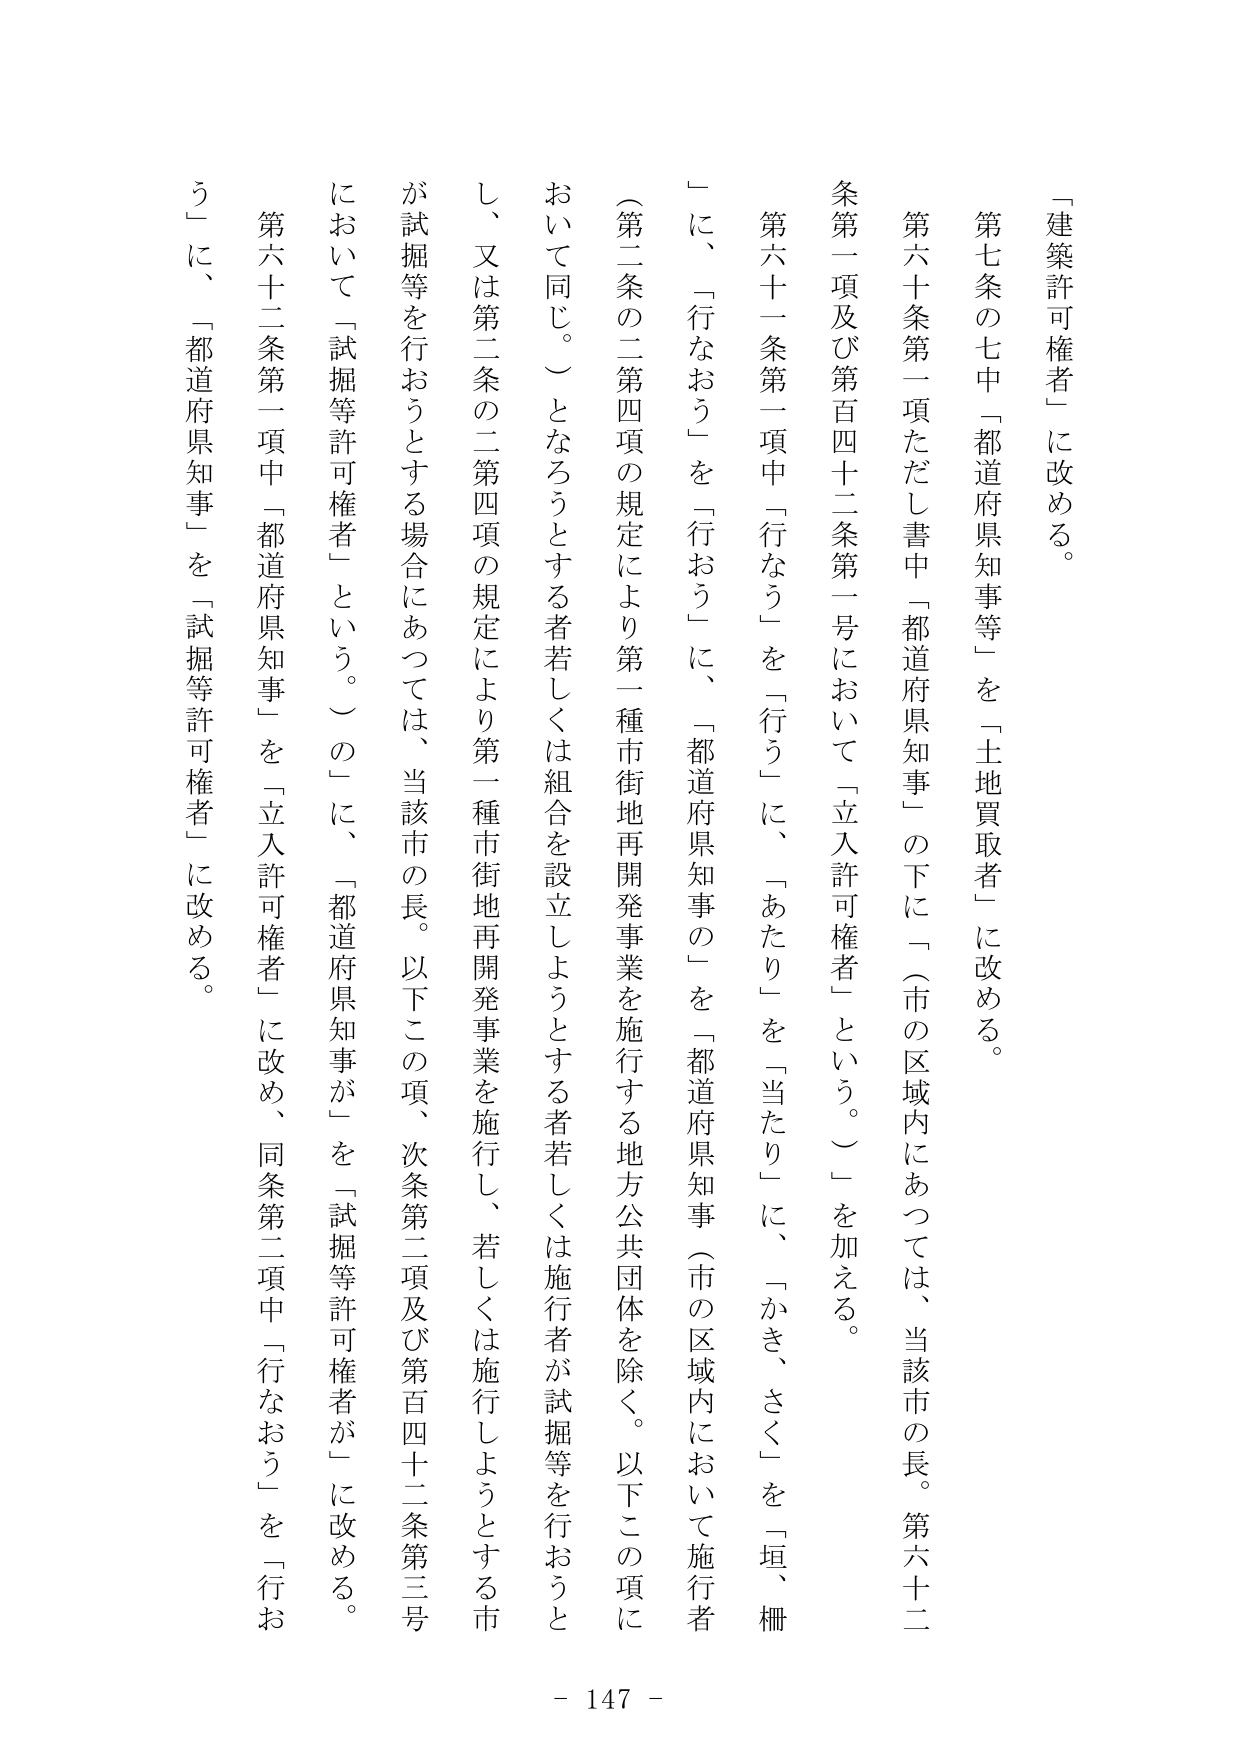
「建築許可権者」に改める。

第七条の七中「都道府県知事等」を「土地買取者」に改める。

第六十条第一項ただし書中「都道府県知事」の下に「（市の区域内にあっては、当該市の長。第六十二条第一項及び第百四十二条第一号において「立入許可権者」という。）」を加える。

第六十一条第一項中「行なう」を「行う」に、「あたり」を「当たり」に、「かき、さく」を「垣、柵」に、「行なおう」を「行おう」に、「都道府県知事の」を「都道府県知事（市の区域内において施行者（第二条の二第四項の規定により第一種市街地再開発事業を施行する地方公共団体を除く。以下この項において同じ。）となるうとする者若しくは組合を設立しようとする者若しくは施行者が試掘等を行おうとし、又は第二条の二第四項の規定により第一種市街地再開発事業を施行し、若しくは施行しようとする市が試掘等を行おうとする場合にあっては、当該市の長。以下この項、次条第二項及び第百四十二条第三号において「試掘等許可権者」という。）の」に、「都道府県知事が」を「試掘等許可権者が」に改める。

第六十二条第一項中「都道府県知事」を「立入許可権者」に改め、同条第二項中「行なおう」を「行おう」に、「都道府県知事」を「試掘等許可権者」に改める。

- 147 -